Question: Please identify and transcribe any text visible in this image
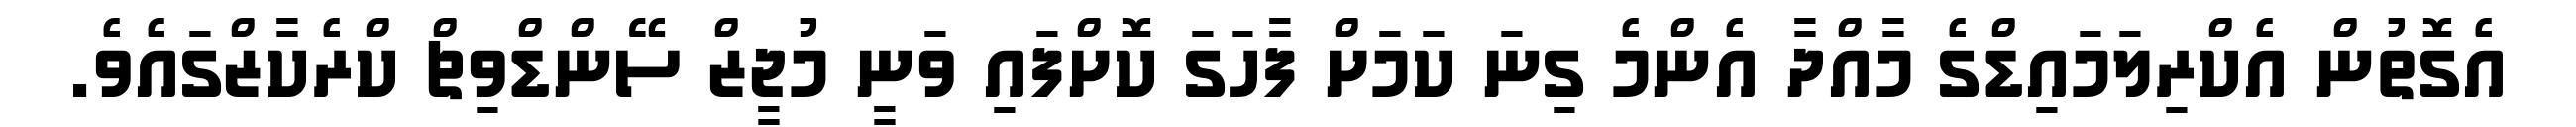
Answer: އެގޮތުން އެކްރިލަމައިޑްގެ މާއްދާ އެންމެ ގިނަ ކަމަށް ފާހަގަ ކޮށްފައި ވަނީ މުޖީޒް ސޭންޑްވިޗް ކްރެކާޒްގައެވެ.